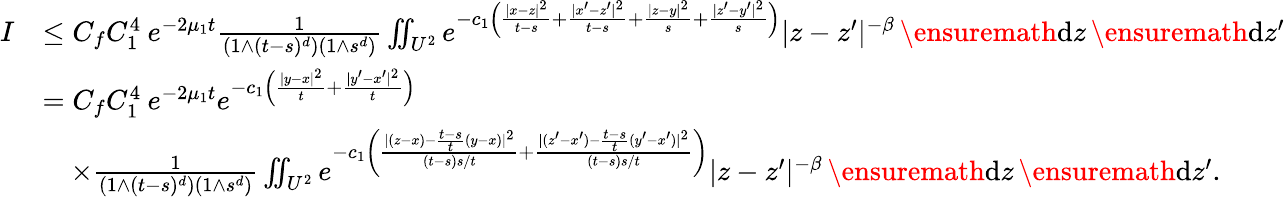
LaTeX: \begin{array}{rl}{I}&{\le C_{f}C_{1}^{4}\: e^{-2\mu_{1}t}\frac{1}{(1\wedge(t-s)^{d})(1\wedge s^{d})}\iint_{U^{2}}e^{-c_{1}\left(\frac{|x-z|^{2}}{t-s}+\frac{|x^{\prime}-z^{\prime}|^{2}}{t-s}+\frac{|z-y|^{2}}{s}+\frac{|z^{\prime}-y^{\prime}|^{2}}{s}\right)}|z-z^{\prime}|^{-\beta}\, \ensuremath{\mathrm{d}}z\, \ensuremath{\mathrm{d}}z^{\prime}}\\ &{=C_{f}C_{1}^{4}\: e^{-2\mu_{1}t}e^{-c_{1}\left(\frac{|y-x|^{2}}{t}+\frac{|y^{\prime}-x^{\prime}|^{2}}{t}\right)}}\\ &{\quad\times\frac{1}{(1\wedge(t-s)^{d})(1\wedge s^{d})}\iint_{U^{2}}e^{-c_{1}\left(\frac{|(z-x)-\frac{t-s}{t}(y-x)|^{2}}{(t-s)s/t}+\frac{|(z^{\prime}-x^{\prime})-\frac{t-s}{t}(y^{\prime}-x^{\prime})|^{2}}{(t-s)s/t}\right)}|z-z^{\prime}|^{-\beta}\, \ensuremath{\mathrm{d}}z\, \ensuremath{\mathrm{d}}z^{\prime}.}\end{array}